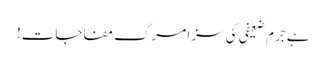
ہے جُرم ضعیفی کی سزا مرگِ مفاجات!